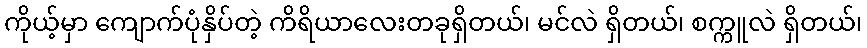
ကိုယ့်မှာ ကျောက်ပုံနှိပ်တဲ့ ကိရိယာလေးတခုရှိတယ်၊ မင်လဲ ရှိတယ်၊ စက္ကူလဲ ရှိတယ်၊